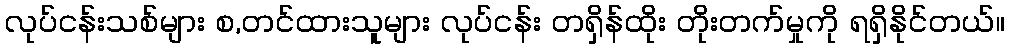
လုပ်ငန်းသစ်များ စ,တင်ထားသူများ လုပ်ငန်း တရှိန်ထိုး တိုးတက်မှုကို ရရှိနိုင်တယ်။